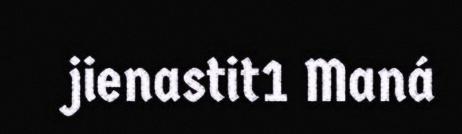
jienastit1 Maná